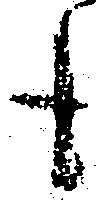
も